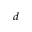
^ { d }